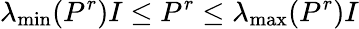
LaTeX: \lambda_{\operatorname*{min}}(P^{r})I\leq P^{r}\leq\lambda_{\operatorname*{max}}(P^{r})I